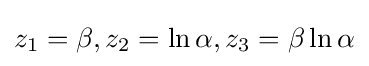
z_{1}=\beta ,z_{2}=\ln \alpha ,z_{3}=\beta \ln \alpha